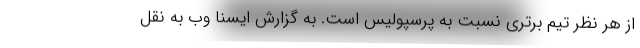
از هر نظر تیم برتری نسبت به پرسپولیس است. به گزارش ایسنا وب به نقل